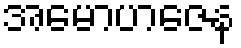
အမောဟဇေန